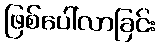
ဖြစ်ပေါ်လာခြင်း